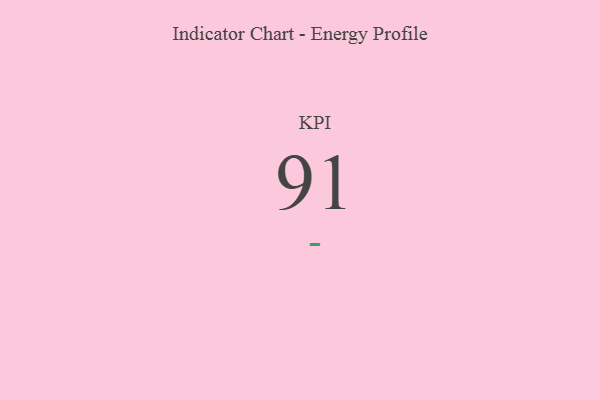
{"axis": {"x": "KPI", "y": "Value"}, "legend": [""], "data": [{"x": "KPI", "y": 91, "type": ""}]}